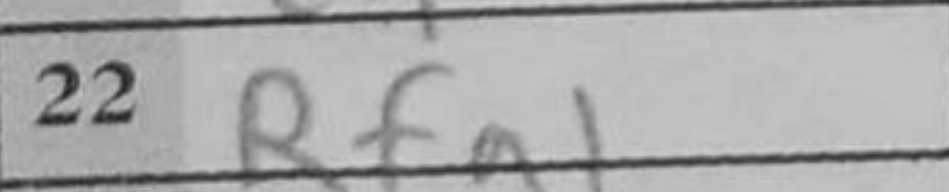
Transcription: Rfa1